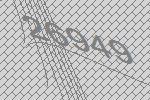
26949